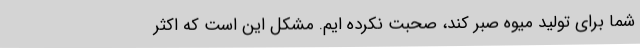
شما برای تولید میوه صبر کند، صحبت نکرده ایم. مشکل این است که اکثر